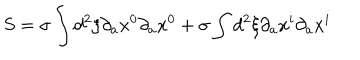
S = \sigma \int d ^ { 2 } \xi \partial _ { a } x ^ { 0 } \partial _ { a } x ^ { 0 } + \sigma \int d ^ { 2 } \xi \partial _ { a } x ^ { i } \partial _ { a } x ^ { i }